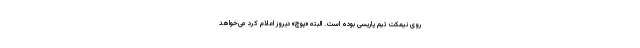
روی نیمکت تیم پاریسی بوده است. البته «پوچ» دیروز اعلام کرد می‌خواهد